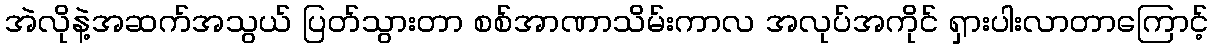
အဲလိုနဲ့အဆက်အသွယ် ပြတ်သွားတာ စစ်အာဏာသိမ်းကာလ အလုပ်အကိုင် ရှားပါးလာတာကြောင့်